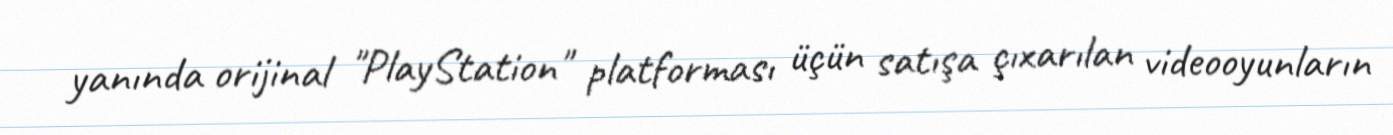
yanında orijinal "PlayStation" platforması üçün satışa çıxarılan videooyunların